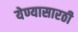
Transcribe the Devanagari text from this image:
येण्यासारठी